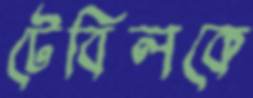
টেবিলকে